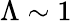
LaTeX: \Lambda\sim 1